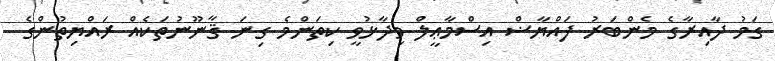
ގަމު ދާއިރާގެ މެންބަރު ފައްޔާޟް އިސްމާޢީލް ވިދާޅުވީ ކިތަންމެ ގިނަ ޤާނޫނުތަކެއް ރައްޔިތުންގެ